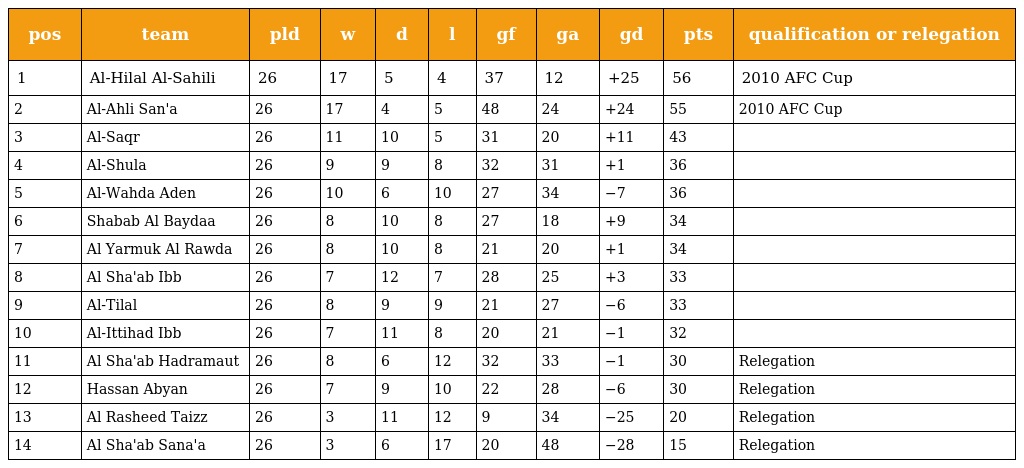
| pos | team | pld | w | d | l | gf | ga | gd | pts | qualification or relegation |
 | --- | --- | --- | --- | --- | --- | --- | --- | --- | --- | --- |
 | 1 | Al-Hilal Al-Sahili | 26 | 17 | 5 | 4 | 37 | 12 | +25 | 56 | 2010 AFC Cup |
 | 2 | Al-Ahli San'a | 26 | 17 | 4 | 5 | 48 | 24 | +24 | 55 | 2010 AFC Cup |
 | 3 | Al-Saqr | 26 | 11 | 10 | 5 | 31 | 20 | +11 | 43 |  |
 | 4 | Al-Shula | 26 | 9 | 9 | 8 | 32 | 31 | +1 | 36 |  |
 | 5 | Al-Wahda Aden | 26 | 10 | 6 | 10 | 27 | 34 | −7 | 36 |  |
 | 6 | Shabab Al Baydaa | 26 | 8 | 10 | 8 | 27 | 18 | +9 | 34 |  |
 | 7 | Al Yarmuk Al Rawda | 26 | 8 | 10 | 8 | 21 | 20 | +1 | 34 |  |
 | 8 | Al Sha'ab Ibb | 26 | 7 | 12 | 7 | 28 | 25 | +3 | 33 |  |
 | 9 | Al-Tilal | 26 | 8 | 9 | 9 | 21 | 27 | −6 | 33 |  |
 | 10 | Al-Ittihad Ibb | 26 | 7 | 11 | 8 | 20 | 21 | −1 | 32 |  |
 | 11 | Al Sha'ab Hadramaut | 26 | 8 | 6 | 12 | 32 | 33 | −1 | 30 | Relegation |
 | 12 | Hassan Abyan | 26 | 7 | 9 | 10 | 22 | 28 | −6 | 30 | Relegation |
 | 13 | Al Rasheed Taizz | 26 | 3 | 11 | 12 | 9 | 34 | −25 | 20 | Relegation |
 | 14 | Al Sha'ab Sana'a | 26 | 3 | 6 | 17 | 20 | 48 | −28 | 15 | Relegation |